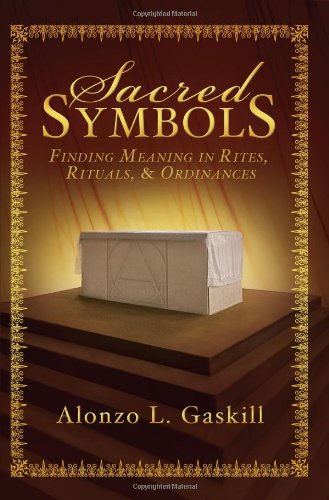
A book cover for Sacred Symbols: Finding Meaning in Rites, Rituals and Ordinances; Alonzo L. Gaskill; Christian Books & Bibles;